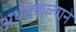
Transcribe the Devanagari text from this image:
अर्थसंकल्पाने